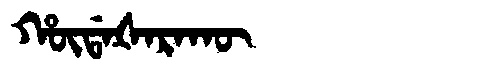
Manchu: ᡥᡡᡩᠠᡧᠠᡵᠠᡴᡡ
Romanization: HŪDAŠARAKŪ